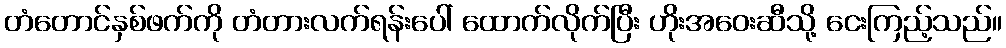
တံတောင်နှစ်ဖက်ကို တံတားလက်ရန်းပေါ် ထောက်လိုက်ပြီး ဟိုးအဝေးဆီသို့ ငေးကြည့်သည်။